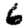
Digit: 6